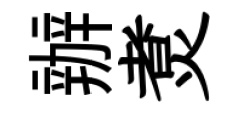
辦煑